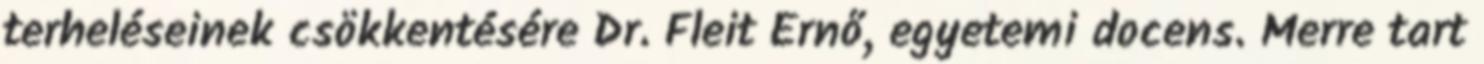
terheléseinek csökkentésére Dr. Fleit Ernő, egyetemi docens. Merre tart